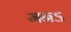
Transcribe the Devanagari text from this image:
मनऽ